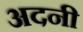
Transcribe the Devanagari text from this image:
अदनी